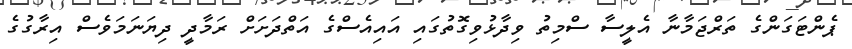
ޕެންޓަގަންގެ ތަރްޖަމާނާ އެލީސާ ސްމިތު ވިދާޅުވިގޮތުގައި އައިއެސްގެ އަތްދަށަށް ރަމާދީ ދިޔަނަމަވެސް އިރާގުގެ